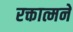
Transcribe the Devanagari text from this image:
रक्तात्मने